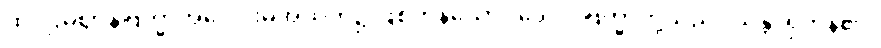
ထိုပဌမဈာန်ဗြဟ္မာအပေါင်းမှအထက်၌ ဖြစ်ကုန်သော။ ဒေဝါ၊ ဗြဟ္မာတို့သည်။ သန္တိ၊ ရှိကုန်၏။